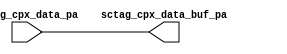
module cpx_databuf_ca(/*AUTOARG*/
   // Outputs
   sctag_cpx_data_buf_pa, 
   // Inputs
   sctag_cpx_data_pa
   );

   output [144:0]  sctag_cpx_data_buf_pa;

   input  [144:0]  sctag_cpx_data_pa;

   assign sctag_cpx_data_buf_pa = sctag_cpx_data_pa;
   
   
endmodule